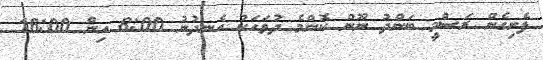
ފެށިގެން ރަސްމީ ބަންދު ނޫން ކޮންމެ ދުވަހަކު ހެނދުނު 8:00 އިން 16:00